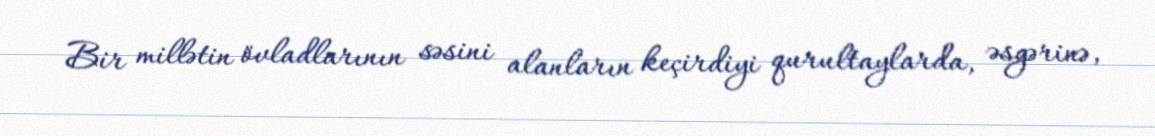
Bir millətin övladlarının səsini alanların keçirdiyi qurultaylarda, əsgərinə,